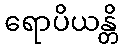
ရောပိယန္တိ